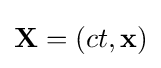
{\boldsymbol {\mathbf {X} }}=(ct,\mathbf {x} )